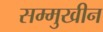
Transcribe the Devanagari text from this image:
सम्मुखीन